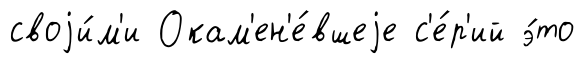
своjи́м'и Окам'ен'е́вшеjе с'е́р'ий э́то